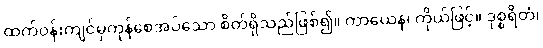
ထက်ဝန်းကျင်မှကုန်စေအပ်သော စိတ်ရှိသည်ဖြစ်၍။ ကာယေန၊ ကိုယ်ဖြင့်။ ဒုစ္စရိတံ၊